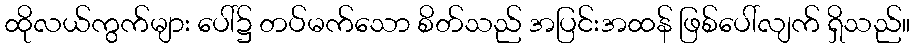
ထိုလယ်ကွက်များ ပေါ်၌ တပ်မက်သော စိတ်သည် အပြင်းအထန် ဖြစ်ပေါ်လျက် ရှိသည်။